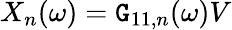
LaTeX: X_{n}(\omega)=\mathtt{G}_{11,n}(\omega)V